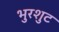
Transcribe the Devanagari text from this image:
भुरशुट